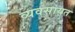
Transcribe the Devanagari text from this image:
व्यवसायत